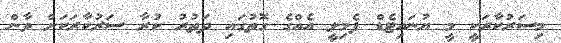
މިސަރުކާރަކީ މީ ޔުނައިޓެޑް ފެމިލީ އެއްގެ ގޮތުގައި ދަތުރު ކުރާ ސަރުކާރަކަށް ވާން